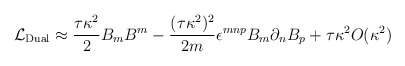
\begin{align*} {\cal L}_{\rm Dual} \approx \frac{\tau\kappa^2}{2} B_m B^m - \frac{(\tau\kappa^2)^2}{2m} \epsilon^{mnp} B_m \partial_n B_p + \tau\kappa^2 O(\kappa^2 )\end{align*}